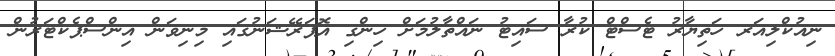
ނިއުކްލިއަރ ހަތިޔާރު ޓެސްޓް ކުރާ ސައިޓު ނައްތާލުމަށް ހިންގި އޮޕަރޭޝަނުގައި މިނިވަން އިންސްޕެކްޓަރުން